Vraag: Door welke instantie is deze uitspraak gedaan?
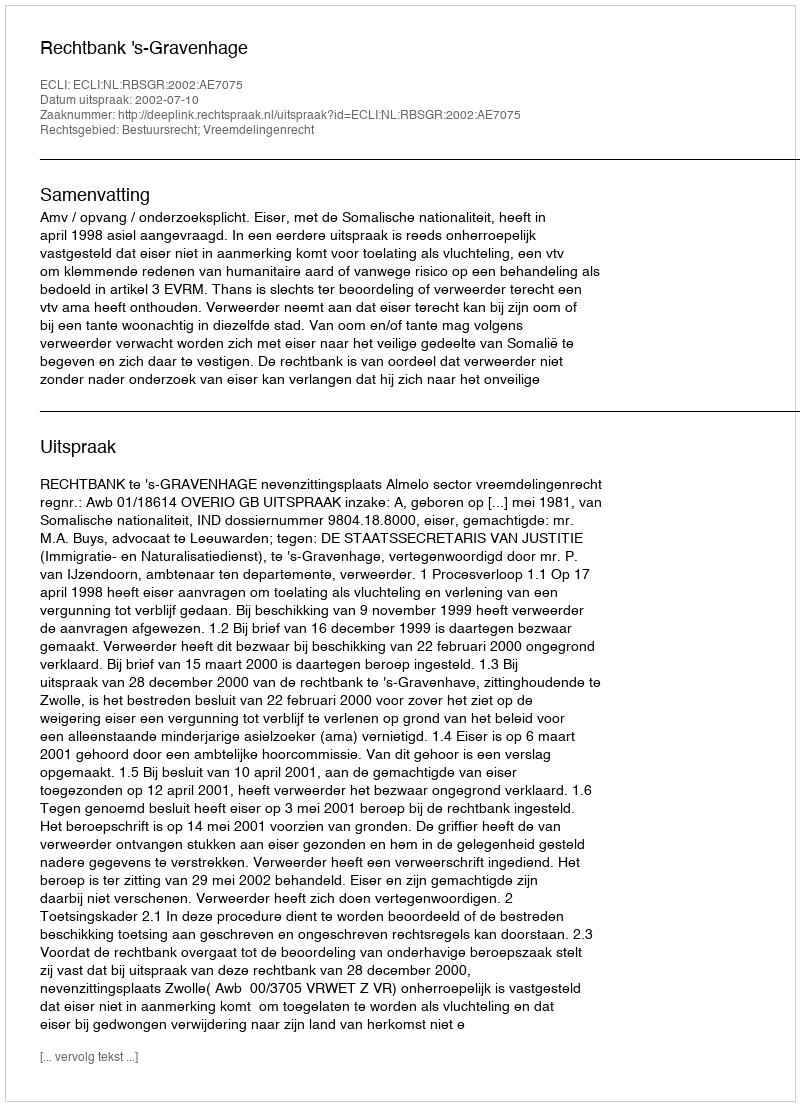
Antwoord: Rechtbank 's-Gravenhage